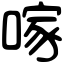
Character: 𠺢